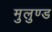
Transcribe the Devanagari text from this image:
मुलुण्ड